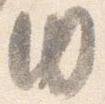
内